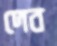
দেব